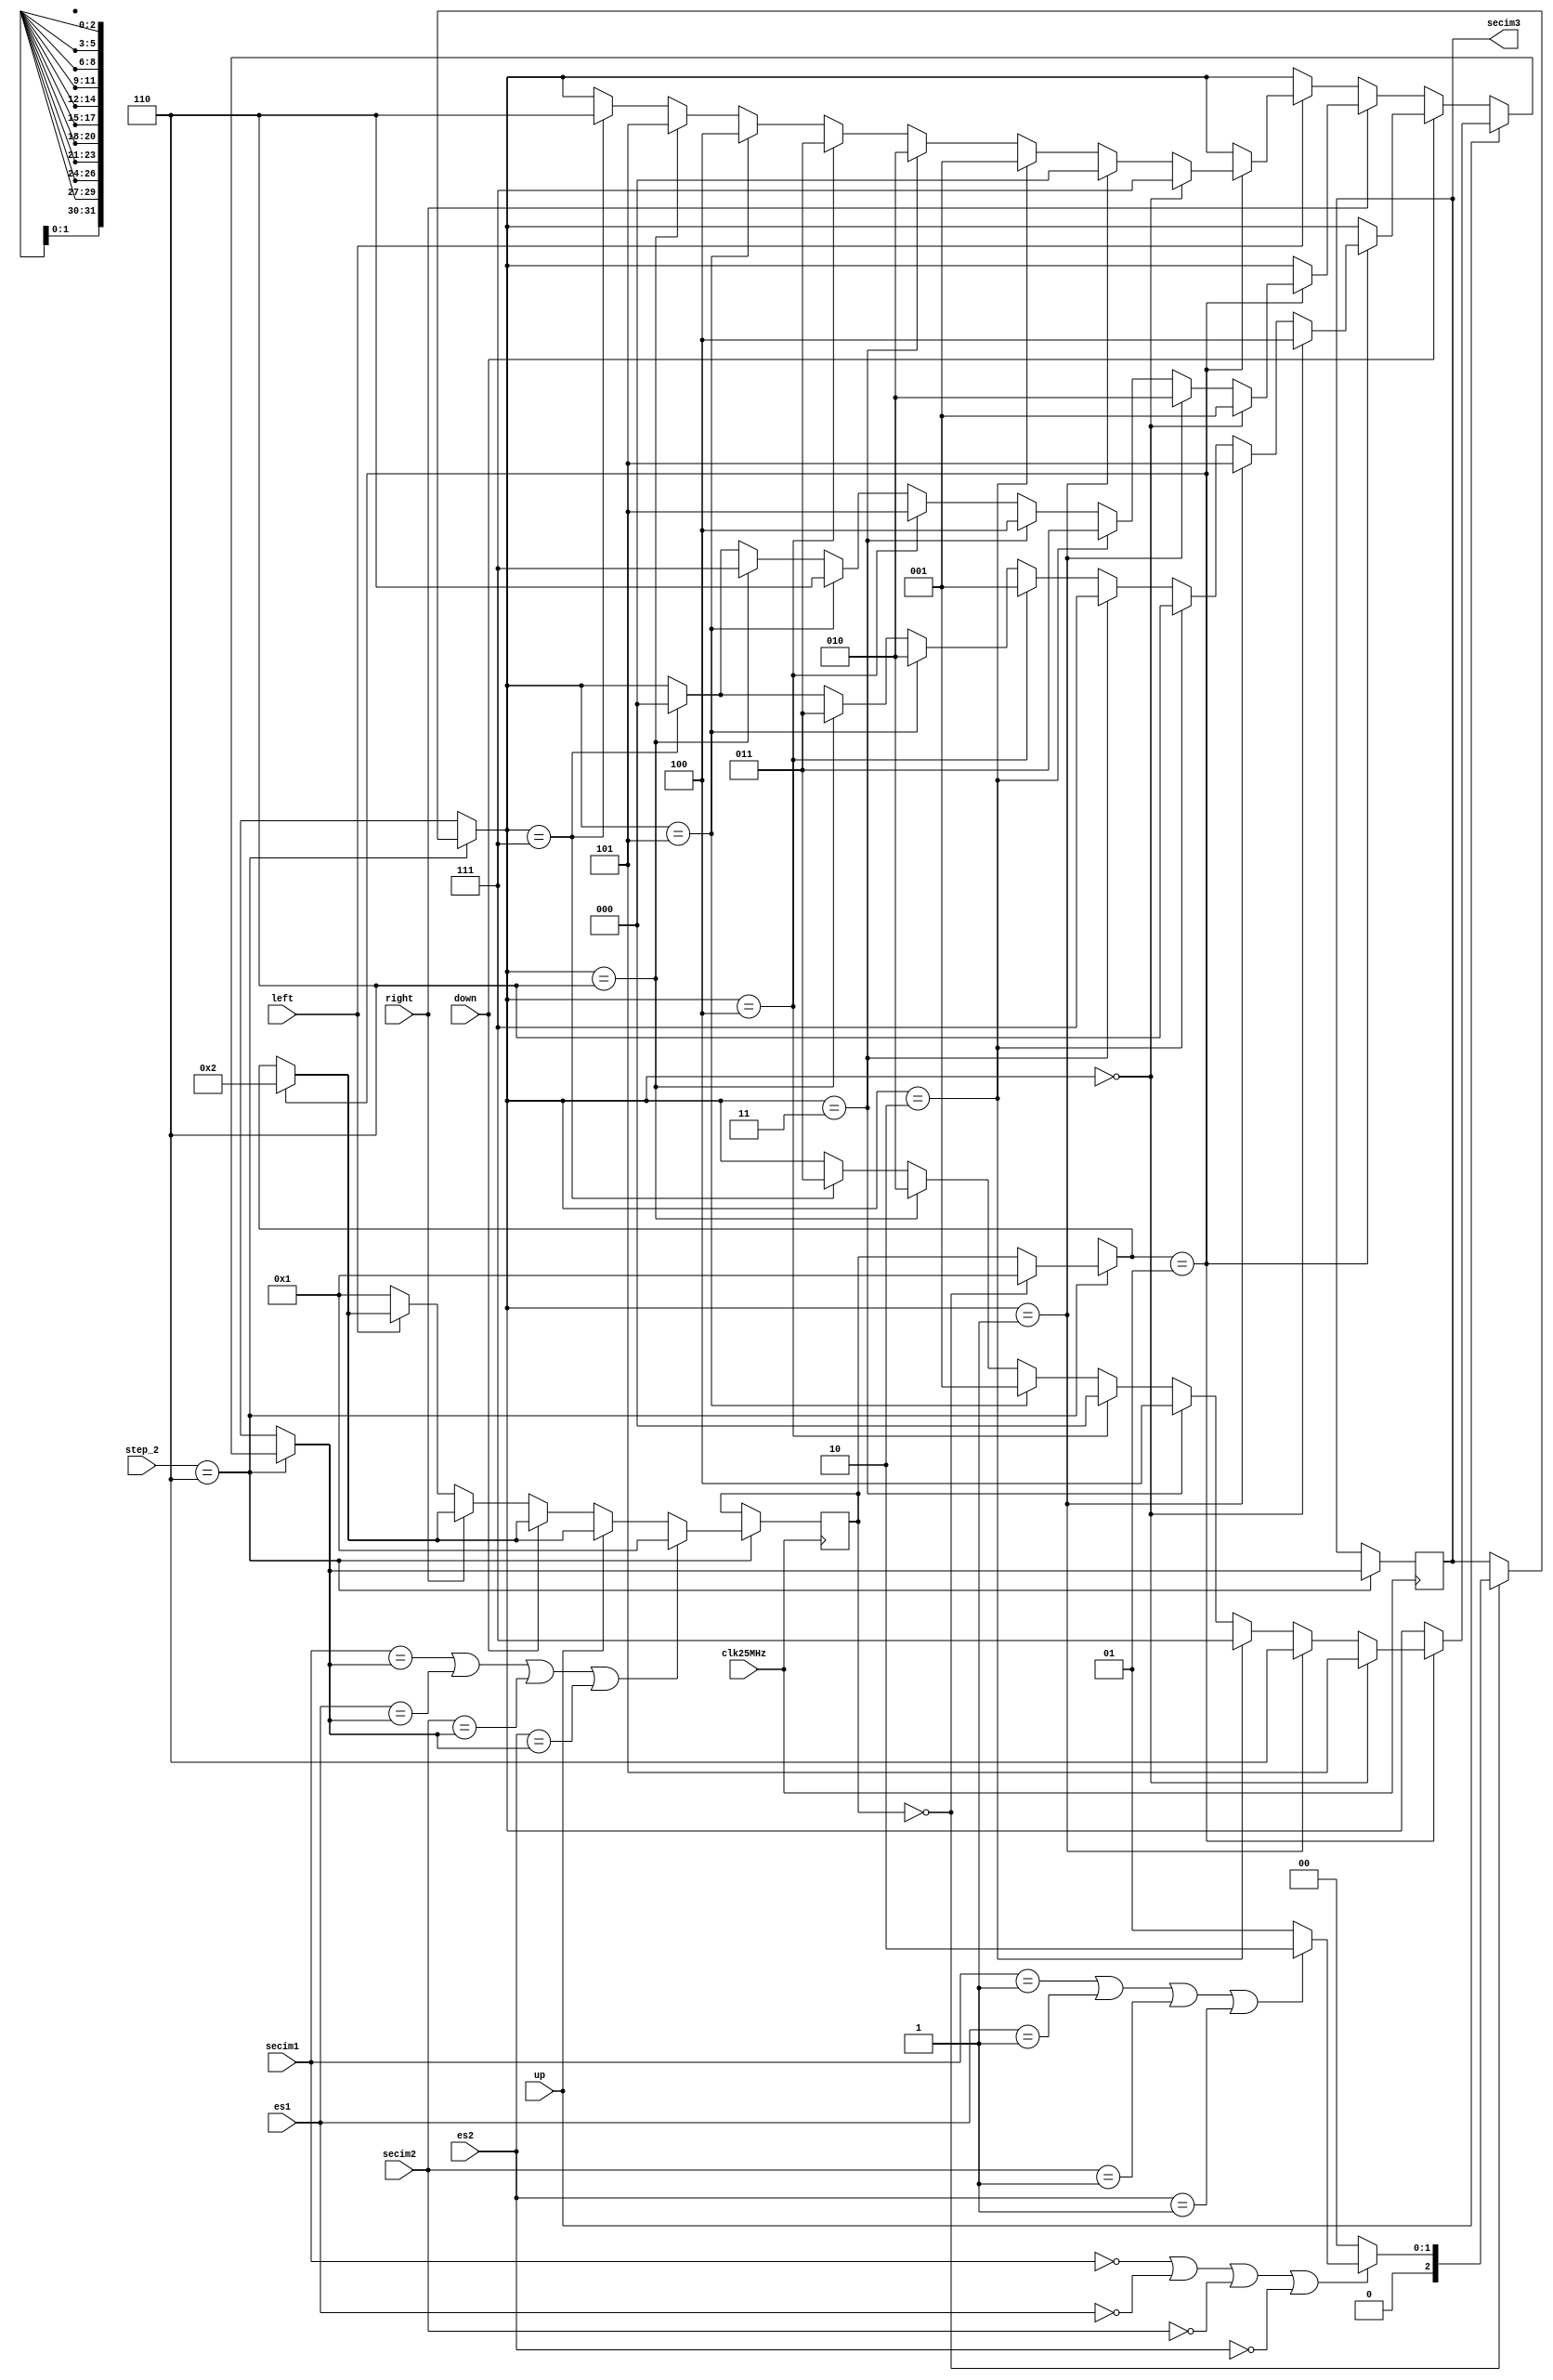
module step6(
		input clk25MHz,
		input up,
		input down,
		input right,
		input left,	
		input [3:0] step_2,
		input [2:0] secim1,
		input [2:0] secim2,
		input [2:0] es1,
		input [2:0] es2,
		
		output reg [2:0] secim3
    );
	 
	parameter [2:0] kare0=3'b000, kare1=3'b001, kare2=3'b010, kare3=3'b011, kare4=3'b100, kare5=3'b101, kare6=3'b110, kare7=3'b111;
	integer mover=0;
	initial
	secim3<=kare0;
	
	always@(posedge clk25MHz)begin
		if(step_2==4'b0110)begin
			if(mover==0)begin
				mover=1;
				if((secim1 == kare0) || (es1 == kare0) || (secim2 == kare0) || (es2 == kare0))
					if((secim1 == kare1) || (es1 == kare1) || (secim2 == kare1) || (es2 == kare1))
						secim3=kare2;
					else 
						secim3=kare1;
				else
					secim3=kare0;
			end
			if(up)begin
				if(mover == 1)begin
					mover=2;
					if(secim3==kare0)
						secim3=kare5;
					else if(secim3==kare1)
						secim3=kare6;
					else if(secim3==kare2)
						secim3=kare7;
					else if(secim3==kare3)
						secim3=kare4;
					else if(secim3==kare4)
						secim3=kare0;
					else if(secim3==kare5)
						secim3=kare1;
					else if(secim3==kare6)
						secim3=kare2;
					else if(secim3==kare7)
						secim3=kare3;
				end
			end
			else if(down)begin
				if(mover==1)begin
					mover=2;
					if(secim3==3'b000)
						secim3=kare4;
					else if(secim3==3'b001)
						secim3=kare5;
					else if(secim3==3'b010)
						secim3=kare6;
					else if(secim3==3'b011)
						secim3=kare7;
					else if(secim3==3'b100)
						secim3=kare1;
					else if(secim3==3'b101)
						secim3=kare2;
					else if(secim3==3'b110)
						secim3=kare3;
					else if(secim3==3'b111)
						secim3=kare0;
				end
			end
			else if(right)begin
				if(mover==1)begin
					mover=2;
					if(secim3==3'b000)
						secim3=kare1;
					else if(secim3==3'b001)
						secim3=kare2;
					else if(secim3==3'b010)
						secim3=kare3;
					else if(secim3==3'b011)
						secim3=kare4;
					else if(secim3==3'b100)
						secim3=kare5;
					else if(secim3==3'b101)
						secim3=kare6;
					else if(secim3==3'b110)
						secim3=kare7;
					else if(secim3==3'b111)
						secim3=kare0;		
				end
			end
			else if(left)begin
				if(mover==1)begin
					mover=2;
					if(secim3==3'b000)
						secim3=kare7;
					else if(secim3==3'b001)
						secim3=kare0;
					else if(secim3==3'b010)
						secim3=kare1;
					else if(secim3==3'b011)
						secim3=kare2;
					else if(secim3==3'b100)
						secim3=kare3;
					else if(secim3==3'b101)
						secim3=kare4;
					else if(secim3==3'b110)
						secim3=kare5;
					else if(secim3==3'b111)
						secim3=kare6;
				end
			end
			else
				mover = 1;
			if(secim1==secim3 || es1==secim3 || secim2==secim3 || es2==secim3)
				mover = 1;
		end
	end


endmodule